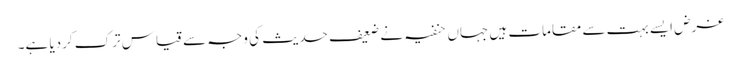
غرض ایسے بہت سے مقامات ہیں جہاں حنفیہ نے ضعیف حدیث کی وجہ سے قیاس ترک کردیا ہے۔